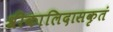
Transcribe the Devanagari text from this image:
श्रीकालिदासकृतं